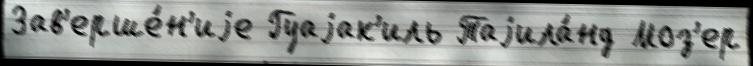
Зав'ерше́н'иjе Гуаjак'иль Таjила́нд Моз'ер